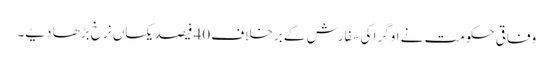
وفاقی حکومت نے اوگرا کی سفارش کے برخلاف 40 فیصد یکساں نرخ بڑھا دیے۔